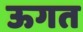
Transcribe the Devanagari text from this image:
ऊगत